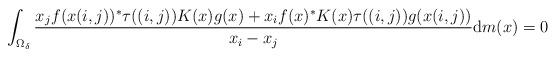
LaTeX: \begin{gather*}\int_{\Omega_{\delta}}\frac{x_{j}f(x(i,j)) ^{\ast}\tau((i,j)) K(x) g(x) +x_{i}f(x) ^{\ast}K(x) \tau((i,j)) g(x(i,j)) }{x_{i}-x_{j}}\mathrm{d}m(x) =0\end{gather*}